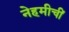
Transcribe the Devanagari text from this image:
नेहमीचीं